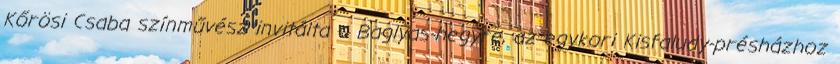
Kőrösi Csaba színművész invitálta a Baglyas-hegyre, az egykori Kisfaludy-présházhoz